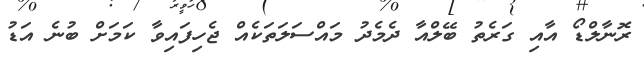
ރޮނާލްޑޯ އާއި ގަރެތު ބޭލްއާ ދެމެދު މައްސަލަތަކެއް ޖެހިފައިވާ ކަމަށް ބުނެ އަޑު